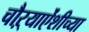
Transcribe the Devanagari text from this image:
चौऱ्याऐंशीच्या